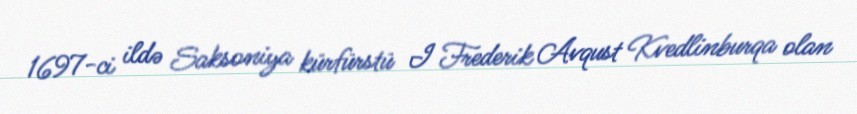
1697-ci ildə Saksoniya kürfürstü I Frederik Avqust Kvedlinburqa olan